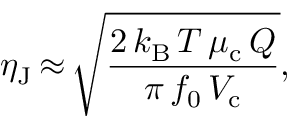
\eta _ { \mathrm { J } } \, { \approx } \, \sqrt { \frac { 2 \, k _ { \mathrm { B } } \, T \, \mu _ { \mathrm { c } } \, Q } { \pi \, f _ { 0 } \, V _ { \mathrm { c } } } } ,